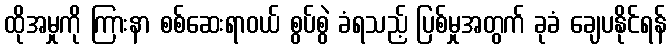
ထိုအမှုကို ကြားနာ စစ်ဆေးရာဝယ် စွပ်စွဲ ခံရသည့် ပြစ်မှုအတွက် ခုခံ ချေပနိုင်ရန်